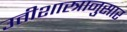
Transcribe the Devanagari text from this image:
उतीशास्त्रानुसार